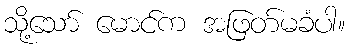
သို့သော် မောင်က အဖြတ်မခံပါ။